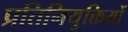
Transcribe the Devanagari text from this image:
प्रतिनियुक्तियों